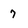
Character: 7